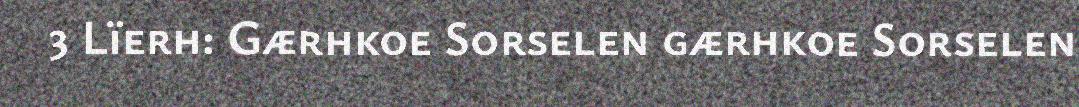
3 Lïerh: Gærhkoe Sorselen gærhkoe Sorselen